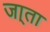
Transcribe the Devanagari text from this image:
जा्ता